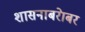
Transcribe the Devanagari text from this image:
शासनाबरेाबर